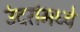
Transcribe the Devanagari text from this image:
उंदरांमध्ये